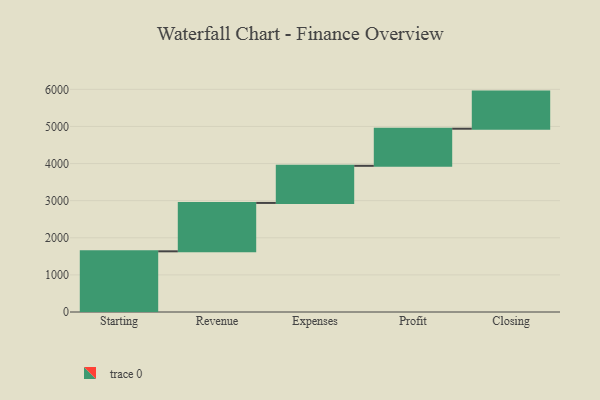
{"axis": {"x": "Step", "y": "Value"}, "legend": [""], "data": [{"x": "Starting", "y": 1635.0, "type": ""}, {"x": "Revenue", "y": 1304.0, "type": ""}, {"x": "Expenses", "y": 1000, "type": ""}, {"x": "Profit", "y": 1000, "type": ""}, {"x": "Closing", "y": 1000, "type": ""}]}